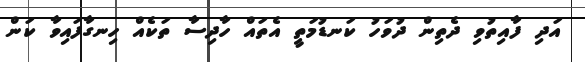
އަދި ފާއިތުވި ދެތިން ދުވަހު ކަނޑުމަތީ އެތައް ހާދިސާ ތަކެއް ހިނގާފައިވާ ކަން